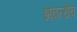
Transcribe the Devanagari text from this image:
भवत्येव